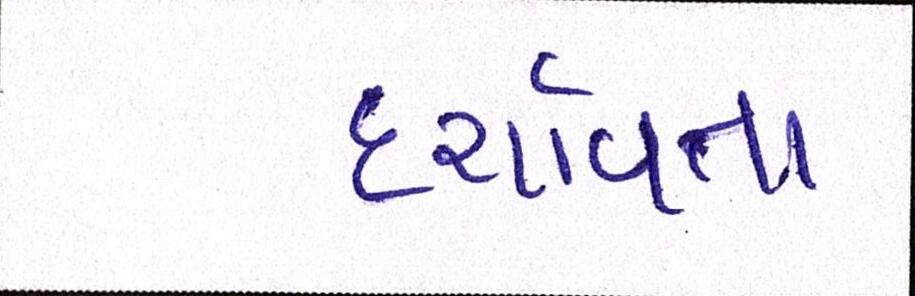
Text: દશાર્વતા